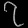
Digit: ၇